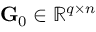
\mathbf { G } _ { 0 } \in \mathbb { R } ^ { q \times n }